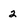
Character: 2